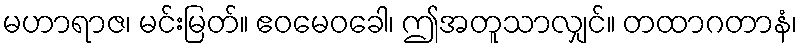
မဟာရာဇ၊ မင်းမြတ်။ ဧဝမေဝခေါ၊ ဤအတူသာလျှင်။ တထာဂတာနံ၊